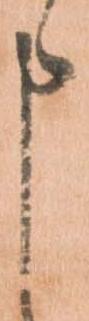
申